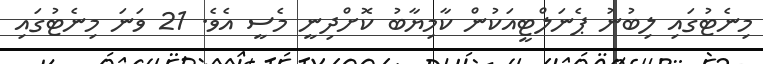
މިނެޓުގައި ލިބުނު ޕެނަލްޓީއަކުން ކާމިޔާބު ކޮށްދިނީ މެސީ އެވެ. 21 ވަނަ މިނެޓުގައި